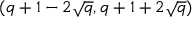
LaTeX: ( q + 1 - 2 { \sqrt { q } } , q + 1 + 2 { \sqrt { q } } )